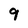
Character: 9